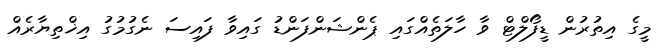
މީގެ އިތުރުން ޑީފޯލްޓް ވާ ހާލަތެއްގައި ޕެންޝަންފަންޑު ގައިވާ ފައިސަ ނެގުމުގު އިޚްތިޔާރެއް